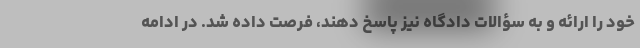
خود را ارائه و به سؤالات دادگاه نیز پاسخ دهند، فرصت داده شد. در ادامه